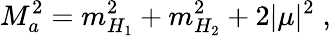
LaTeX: M_{a}^{2}=m_{H_{1}}^{2}+m_{H_{2}}^{2}+2\vert\mu\vert^{2}\; ,